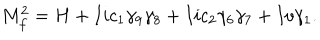
LaTeX: M _ { f } ^ { 2 } = H + I i c _ { 1 } \gamma _ { 9 } \gamma _ { 8 } + I i c _ { 2 } \gamma _ { 6 } \gamma _ { 7 } + I v \gamma _ { 1 } .